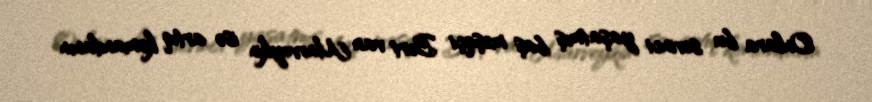
Onlara bu sevinci yaşatmış baş məşqçi Bert van Marveykin isə artıq komandanın